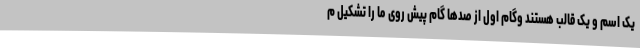
یک اسم و یک قالب هستند وگام اول از صدها گام پیش روی ما را تشکیل م